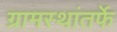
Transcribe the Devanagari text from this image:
ग्रामस्थांतर्फे